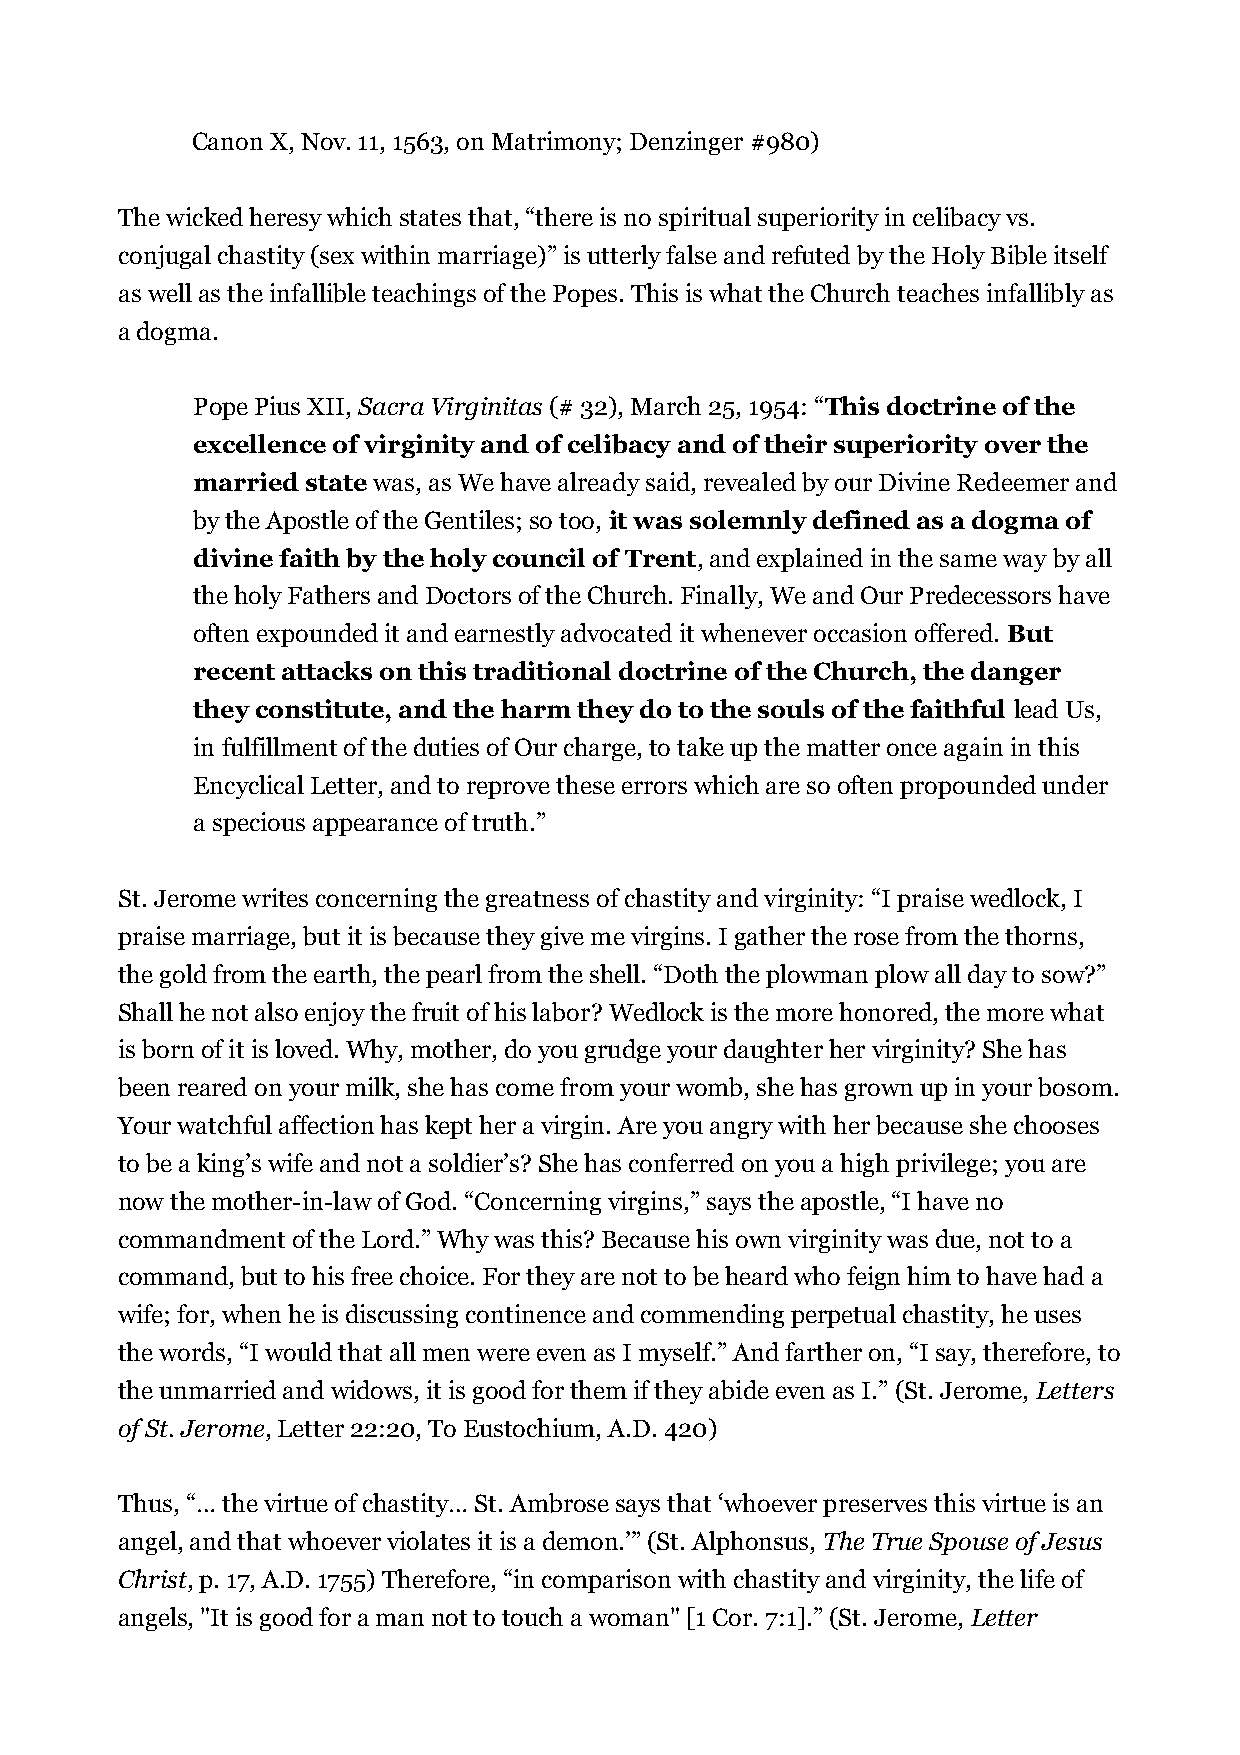
Canon X, Nov. 11, 1563, on Matrimony; Denzinger #980)
 The wicked heresy which states that, “there is no spiritual superiority in celibacy vs.
 conjugal chastity (sex within marriage)” is utterly false and refuted by the Holy Bible itself
 as well as the infallible teachings of the Popes. This is what the Church teaches infallibly as
 a dogma.
 Pope Pius XII, Sacra Virginitas (# 32), March 25, 1954: “This doctrine of the
 excellence of virginity and of celibacy and of their superiority over the
 married state was, as We have already said, revealed by our Divine Redeemer and
 by the Apostle of the Gentiles; so too, it was solemnly defined as a dogma of
 divine faith by the holy council of Trent, and explained in the same way by all
 the holy Fathers and Doctors of the Church. Finally, We and Our Predecessors have
 often expounded it and earnestly advocated it whenever occasion offered. But
 recent attacks on this traditional doctrine of the Church, the danger
 they constitute, and the harm they do to the souls of the faithful lead Us,
 in fulfillment of the duties of Our charge, to take up the matter once again in this
 Encyclical Letter, and to reprove these errors which are so often propounded under
 a specious appearance of truth.”
 St. Jerome writes concerning the greatness of chastity and virginity: “I praise wedlock, I
 praise marriage, but it is because they give me virgins. I gather the rose from the thorns,
 the gold from the earth, the pearl from the shell. “Doth the plowman plow all day to sow?”
 Shall he not also enjoy the fruit of his labor? Wedlock is the more honored, the more what
 is born of it is loved. Why, mother, do you grudge your daughter her virginity? She has
 been reared on your milk, she has come from your womb, she has grown up in your bosom.
 Your watchful affection has kept her a virgin. Are you angry with her because she chooses
 to be a king’s wife and not a soldier’s? She has conferred on you a high privilege; you are
 now the mother-in-law of God. “Concerning virgins,” says the apostle, “I have no
 commandment of the Lord.” Why was this? Because his own virginity was due, not to a
 command, but to his free choice. For they are not to be heard who feign him to have had a
 wife; for, when he is discussing continence and commending perpetual chastity, he uses
 the words, “I would that all men were even as I myself.” And farther on, “I say, therefore, to
 the unmarried and widows, it is good for them if they abide even as I.” (St. Jerome, Letters
 of St. Jerome, Letter 22:20, To Eustochium, A.D. 420)
 Thus, “… the virtue of chastity… St. Ambrose says that ‘whoever preserves this virtue is an
 angel, and that whoever violates it is a demon.’” (St. Alphonsus, The True Spouse of Jesus
 Christ, p. 17, A.D. 1755) Therefore, “in comparison with chastity and virginity, the life of
 angels, "It is good for a man not to touch a woman" [1 Cor. 7:1].” (St. Jerome, Letter